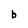
Character: b